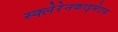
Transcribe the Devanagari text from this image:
स्क्लेरेनकाइमेटस